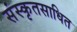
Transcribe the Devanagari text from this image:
संस्कृतसाधित